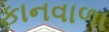
કાનવાળા